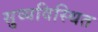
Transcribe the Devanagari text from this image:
सुव्यविस्थित